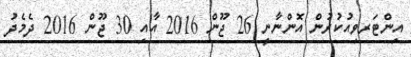
އިންޓަރވިއުކުރުން އޮންނާނީ 26 ޖޫން 2016 އާއި 30 ޖޫން 2016 ދެމެދު